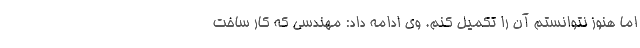
اما هنوز نتوانستم آن را تکمیل کنم. وی ادامه داد: مهندسی که کار ساخت